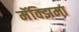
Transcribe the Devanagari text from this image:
मॅक्झिमा